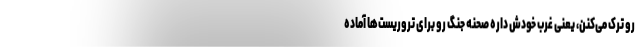
رو ترک می‌کنن، یعنی غرب خودش داره صحنه جنگ رو برای تروریست‌ها آماده